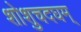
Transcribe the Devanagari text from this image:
शोशुचदघम्